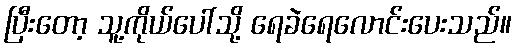
ပြီးတော့ သူ့ကိုယ်ပေါ်သို့ ရေခဲရေလောင်းပေးသည်။